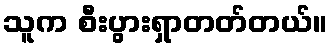
သူက စီးပွားရှာတတ်တယ်။